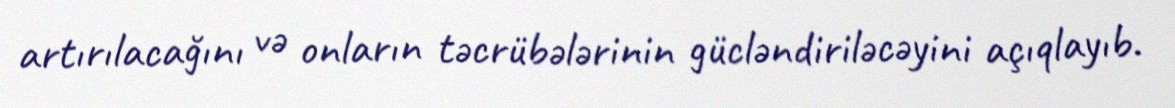
artırılacağını və onların təcrübələrinin gücləndiriləcəyini açıqlayıb.